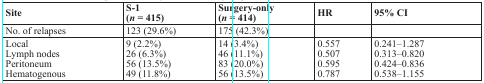
<table><thead><tr><td><b>Site</b></td><td><b>S-1 (<i>n</i> = 415)</b></td><td><b>Surgery-only (<i>n</i> = 414)</b></td><td><b>HR</b></td><td><b>95% CI</b></td></tr></thead><tbody><tr><td>No. of relapses</td><td>123 (29.6%)</td><td>175 (42.3%)</td><td></td><td></td></tr><tr><td>LocalLymph nodesPeritoneumHematogenous</td><td>9 (2.2%)26 (6.3%)56 (13.5%)49 (11.8%)</td><td>14 (3.4%)46 (11.1%)83 (20.0%)56 (13.5%)</td><td>0.5570.5070.5950.787</td><td>0.241–1.2870.313–0.8200.424–0.8360.538–1.155</td></tr></tbody></table>